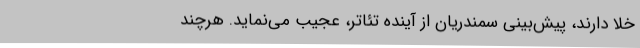
خلا دارند، پیش‌بینی سمندریان از آینده تئاتر، عجیب می‌نماید. هرچند